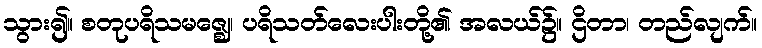
သွား၍။ စတုပရိသမဇ္ဈေ၊ ပရိသတ်လေးပါးတို့၏ အလယ်၌။ ဌိတာ၊ တည်လျက်။